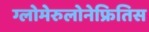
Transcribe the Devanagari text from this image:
ग्लोमेरुलोनेफ्रितिस